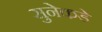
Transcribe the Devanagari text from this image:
सुनेकडे